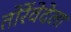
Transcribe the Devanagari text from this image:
तोर्रेवेदेला